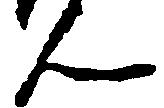
ん